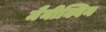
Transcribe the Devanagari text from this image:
मैनीक्विन